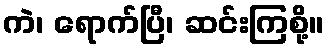
ကဲ၊ ရောက်ပြီ၊ ဆင်းကြစို့။